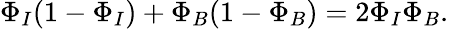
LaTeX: \Phi_{I}(1-\Phi_{I})+\Phi_{B}(1-\Phi_{B})=2\Phi_{I}\Phi_{B}.